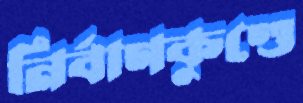
নির্বাণকুণ্ডে